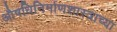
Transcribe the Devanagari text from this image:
औषधिनिर्माणशास्त्राच्या